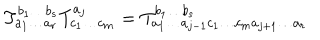
T _ { a _ { 1 } \ldots a _ { r } } ^ { b _ { 1 } \ldots b _ { s } } T _ { c _ { 1 } \ldots c _ { m } } ^ { a _ { j } } = T _ { a _ { 1 } \ldots a _ { j - 1 } c _ { 1 } \ldots c _ { m } a _ { j + 1 } \ldots a _ { r } } ^ { b _ { 1 } \ldots b _ { s } }